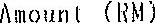
AMOUNT (RM)